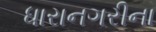
ધારાનગરીના